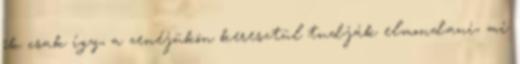
ők csak így, a zenéjükön keresztül tudják elmondani, mi